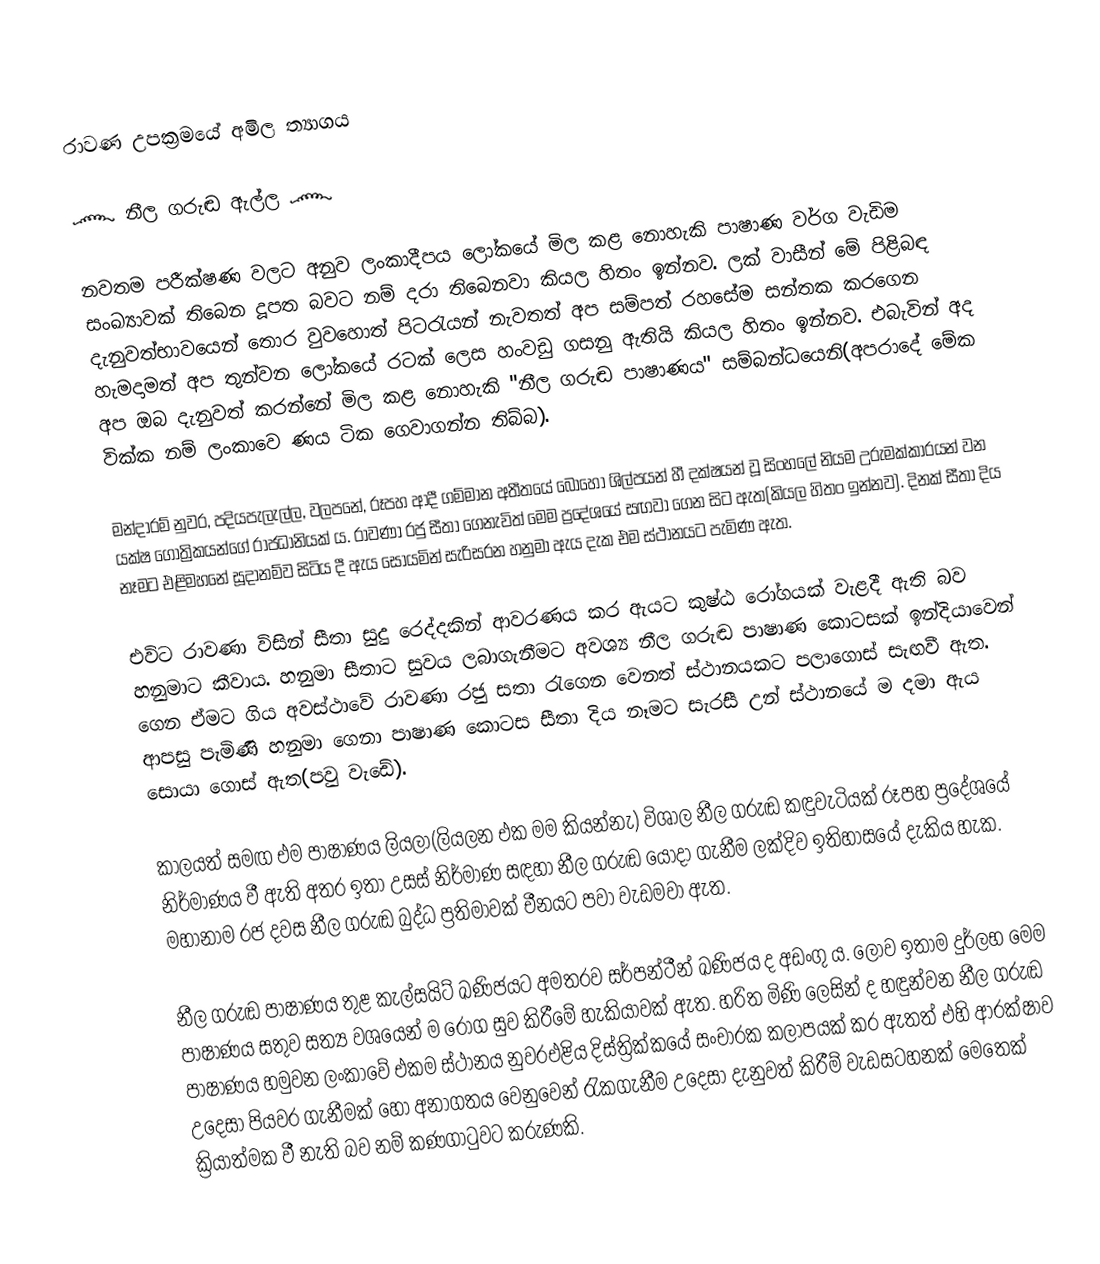
රාවණ උපක්‍රමයේ අමිල ත්‍යාගය

      ෴ නීල ගරුඬ ඇල්ල ෴

   නවතම පරීක්ෂණ වලට අනුව ලංකාදීපය ලෝකයේ මිල කළ නොහැකි පාෂාණ වර්ග වැඩිම සංඛ්‍යාවක් තිබෙන දූපත බවට නම් දරා තිබෙනවා කියල හිතං ඉන්නව. ලක් වාසීන් මේ පිළිබඳ දැනුවත්භාවයෙන් තොර වුවහොත් පිටරැයන් නැවතත් අප සම්පත් රහසේම සන්තක කරගෙන හැමදාමත් අප තුන්වන ලෝකයේ රටක් ලෙස හංවඩු ගසනු ඇතියි කියල හිතං ඉන්නව. එබැවින් අද අප ඔබ දැනුවත් කරන්නේ මිල කළ නොහැකි "නීල ගරුඬ පාෂාණය" සම්බන්ධයෙනි(අපරාදේ මේක වික්ක නම් ලංකාවෙ ණය ටික ගෙවාගන්න තිබ්බ).

   මන්දාරම් නුවර, පදියපැලැල්ල, වලපනේ, රූපහ ආදී ගම්මාන අතීතයේ බොහෝ ශිල්පයන් හී දක්ෂයන් වූ සිංහලේ නියම උරුමක්කාරයන් වන යක්ෂ ගෝත්‍රිකයන්ගේ රාජධානියක් ය. රාවණා රජු සීතා ගෙනැවිත් මෙම ප්‍රදේශයේ සඟවා ගෙන සිට ඇත(කියල හිතං ඉන්නව). දිනක් සීතා දිය නෑමට එළිමහනේ සූදානම්ව සිටිය දී ඇය සොයමින් සැරිසරන හනුමා ඇය දැක එම ස්ථානයට පැමිණ ඇත.

එවිට රාවණා විසින් සීතා සුදු රෙද්දකින් ආවරණය කර ඇයට කුෂ්ඨ රෝගයක් වැළදී ඇති බව හනුමාට කීවාය. හනුමා සීතාට සුවය ලබාගැනීමට අවශ්‍ය නීල ගරුඬ පාෂාණ කොටසක් ඉන්දියාවෙන් ගෙන ඒමට ගිය අවස්ථාවේ රාවණා රජු සතා රැගෙන වෙනත් ස්ථානයකට පලාගොස් සැඟවී ඇත. ආපසු පැමිණි හනුමා ගෙනා පාෂාණ කොටස සීතා දිය නෑමට සැරසී උන් ස්ථානයේ ම දමා ඇය සොයා ගොස් ඇත(පවු වැඩේ).

   කාලයත් සමඟ එම පාෂාණය ලියලා(ලියලන එක මම කියන්නැ) විශාල නීල ගරුඬ කඳුවැටියක් රූපහ ප්‍රදේශයේ නිර්මාණය වී ඇති අතර ඉතා උසස් නිර්මාණ සඳහා නීල ගරුඬ යොදා ගැනීම ලක්දිව ඉතිහාසයේ දැකිය හැක. මහානාම රජ දවස නීල ගරුඬ බුද්ධ ප්‍රතිමාවක් චීනයට පවා වැඩමවා ඇත.

   නීල ගරුඬ පාෂාණය තුළ කැල්සයිට් ඛණිජයට අමතරව සර්පන්ටීන් ඛණිජය ද අඩංගු ය. ලොව ඉතාම දුර්ලභ මෙම පාෂාණය සතුව සත්‍ය වශයෙන් ම රෝග සුව කිරීමේ හැකියාවක් ඇත. හරිත මිණි ලෙසින් ද හඳුන්වන නීල ගරුඬ පාෂාණය හමුවන ලංකාවේ එකම ස්ථානය නුවරඑළිය දිස්ත්‍රික්කයේ සංචාරක කලාපයක් කර ඇතත් එහි ආරක්ෂාව උදෙසා පියවර ගැනීමක් හෝ අනාගතය වෙනුවෙන් රැකගැනීම උදෙසා දැනුවත් කිරීම් වැඩසටහනක් මෙතෙක් ක්‍රියාත්මක වී නැති බව නම් කණගාටුවට කරුණකි.